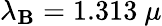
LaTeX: \lambda_{\mathbf{B}}=1.313~\mu